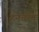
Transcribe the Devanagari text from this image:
हनचरक